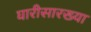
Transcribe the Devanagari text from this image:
घारीसारख्या